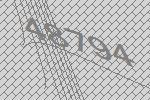
48794